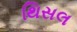
થિસલ